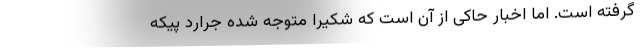
گرفته است. اما اخبار حاکی از آن است که شکیرا متوجه شده جرارد پیکه